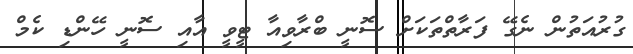
ގުރުއަތުން ނެގޭ ފަރާތްތަކަށް ސޮނީ ބްރާވިއާ ޓީވީ އާއި ސޮނީ ހޭންޑި ކެމް